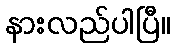
နားလည်ပါပြီ။